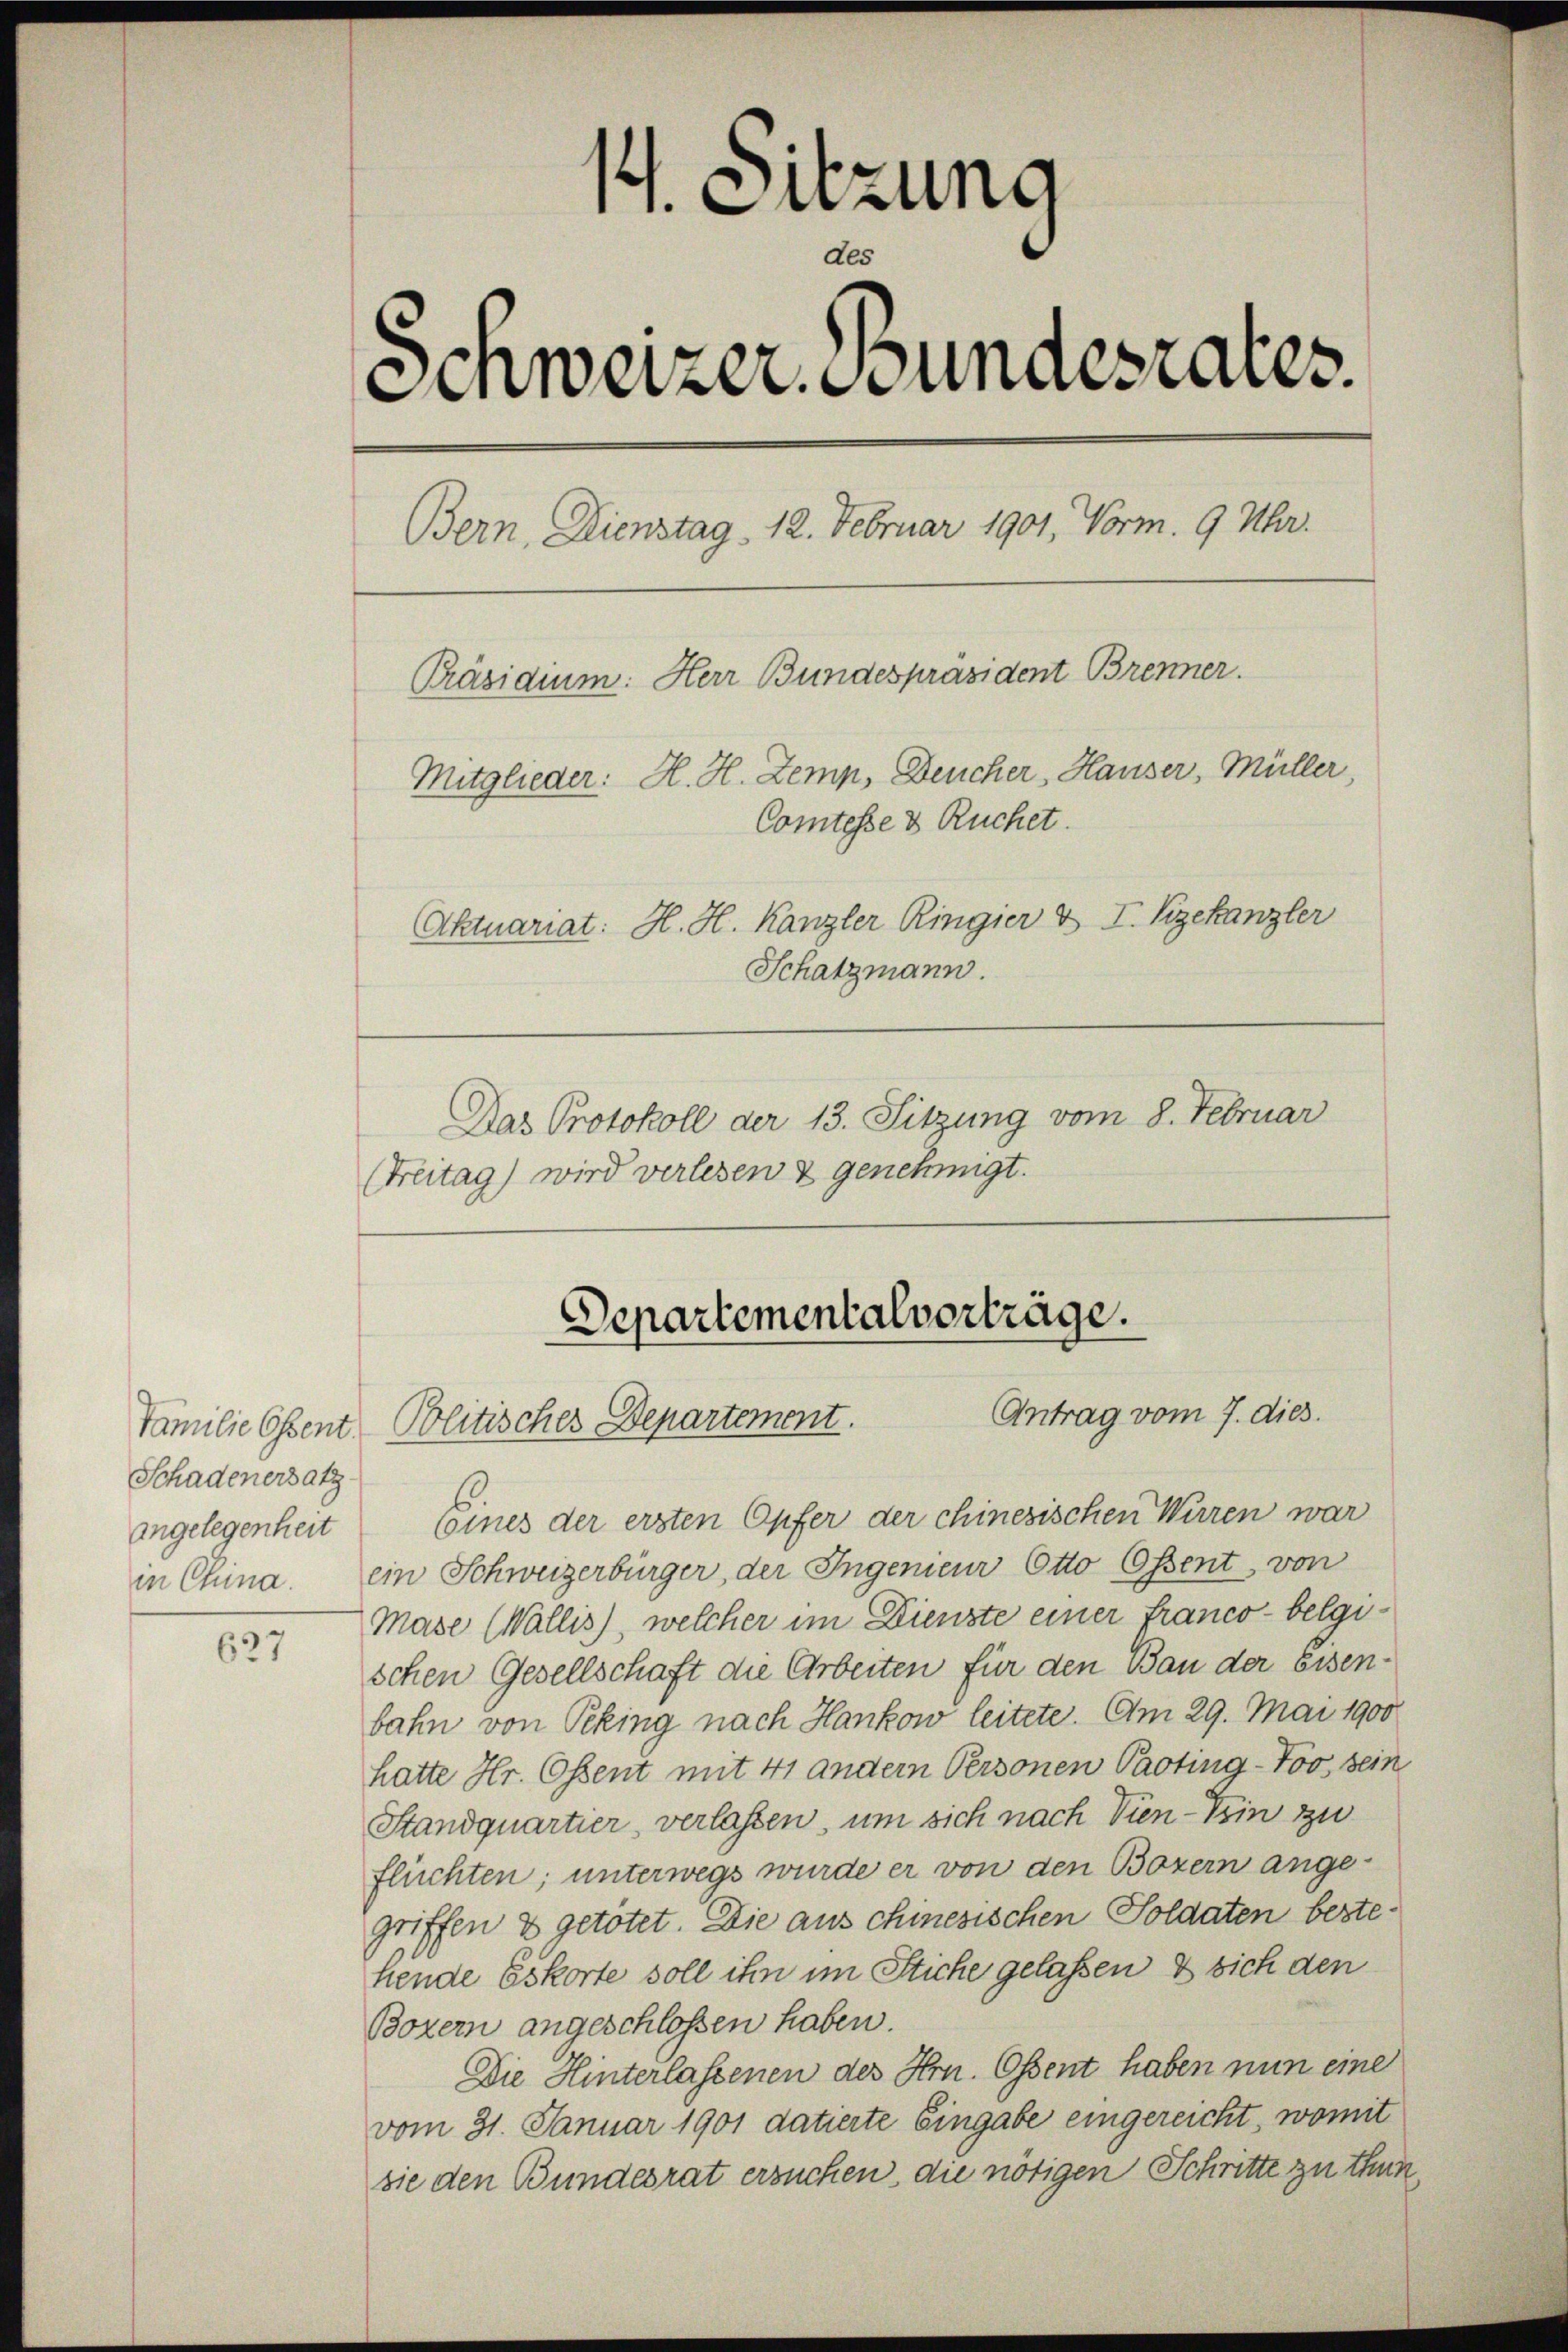
Schadenersatz
angelegenheit

627

14. Sitzung
des
Sinweizer. Bundesrates.
Bern, Dienstag 12. Februar 1901. Vorm. 9 Uhr.
Präsidium: Herr Bundespräsident Brenner.
Mitglieder: H. H. Zemp, Deucher, Hauser, Müller,
Comtesse & Ruchet.
Aktuariat: H. H. Kanzler Ringier & I. Kzekanzler
Schatzmann.
Das Protokoll der 13. Sitzung vom 8. Februar

(Freitag) wird verlesen & genehmigt.

Departementalvorträge.
Antrag vom 7. dies.
Familie Osent. Politisches Departement.

Eines der ersten Opfer der chinesischen Würen war
in China. ein Schweizerbürger, der Ingenieur Otto Essent, von
Mase (Wallis), welcher im Dienste einer Franco- belgischen Gesellschaft die Arbeiten für den Bau der Eisenbahn von Peking nach Hankow leitete. Am 29. Mai 1900
hatte Hr. Osent mit 41 andern Personen Parting-Too, sein
Standquartier, verlassen, um sich nach Vien-Vin zu
flüchten; unterwegs wurde er von den Bozern angegriffen & getötet. Die aus chinesischen Soldaten bestehende Eskorte soll ihn im Stiche gelassen & sich den
Bozern angeschlossen haben.
Die Hinterlassenen des Hrn. Osent haben nun eine
vom 31. Januar 1901 datierte Eingabe eingereicht, womit
sie den Bundesrat ersuchen, die nötigen Schritte zu thun,